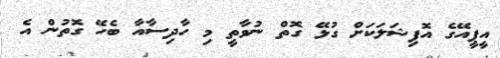
އީޕީއޭގެ އޮފިޝަލަކަށް ގުޅޭ ގޮތް ނުވާތީ މި ހާދިސާއާ ބެހޭ ގޮތުން އެ